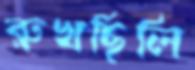
রুখছিলি